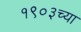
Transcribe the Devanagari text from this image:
१९०३च्या